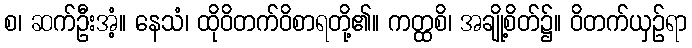
စ၊ ဆက်ဦးအံ့။ နေသံ၊ ထိုဝိတက်ဝိစာရတို့၏။ ကတ္ထစိ၊ အချို့စိတ်၌။ ဝိတက်ယှဉ်ရာ